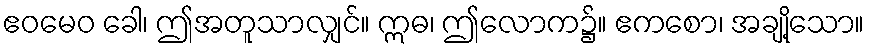
ဧဝမေဝ ခေါ၊ ဤအတူသာလျှင်။ ဣဓ၊ ဤလောက၌။ ဧကစော၊ အချို့သော။